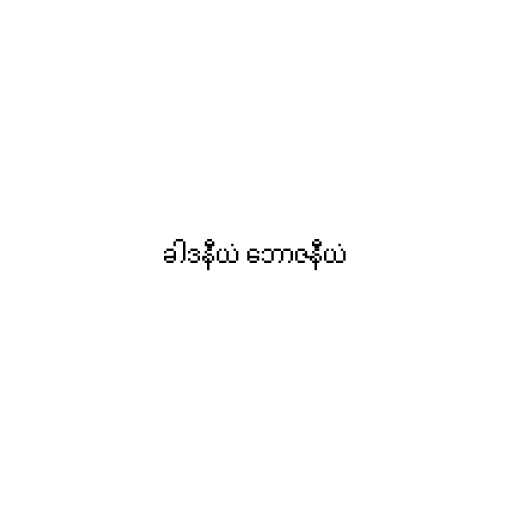
ခါဒနီယံ ဘောဇနီယံ